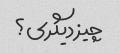
چیز دیگری؟